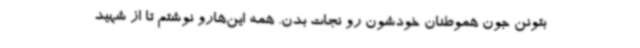
بتونن جون هموطنان خودشون رو نجات بدن. همه این‌هارو نوشتم تا از شهید